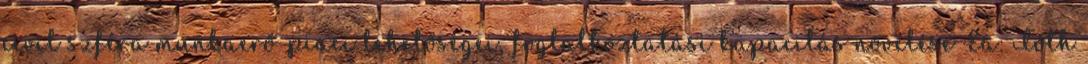
civil szféra munkaerő-piaci lehetőségei, foglalkoztatási kapacitás növelése Ea: Tóth